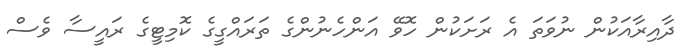
ދާއިރާއަކުން ނުވަތަ އެ ރަށަކުން ހޮވޭ އަންހެނުންގެ ތަރައްގީގެ ކޮމިޓީގެ ރައީސާ ވެސް